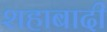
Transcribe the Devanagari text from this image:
शहाबादी